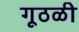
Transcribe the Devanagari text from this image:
गूठळी